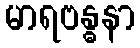
မာရဗန္ဓနာ